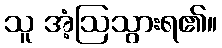
သူ အံ့ဩသွားရ၏။